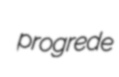
progrede